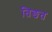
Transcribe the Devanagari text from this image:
तिङत